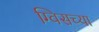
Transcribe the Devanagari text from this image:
ग्विसच्या